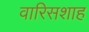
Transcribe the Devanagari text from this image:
वारिसशाह